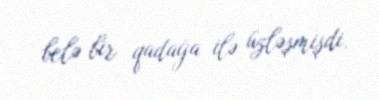
belə bir qadağa ilə üzləşmişdi.